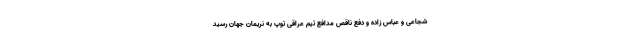
شجاعی و عباس زاده و دفع ناقص مدافع تیم عراقی توپ به نریمان جهان رسید